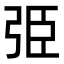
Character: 弫